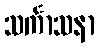
သင်္ကာသနာ